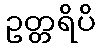
ဥတ္တရိပိ